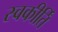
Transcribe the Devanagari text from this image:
स्वकीर्तिं